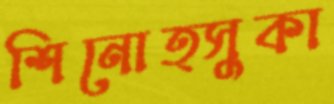
শিনোত্সুকা